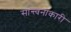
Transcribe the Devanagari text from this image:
सान्त्वनाकारी